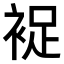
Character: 𧚖